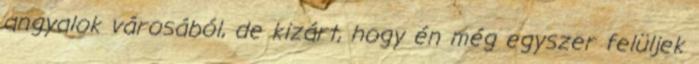
angyalok városából, de kizárt, hogy én még egyszer felüljek